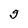
Character: g